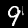
Label: 9